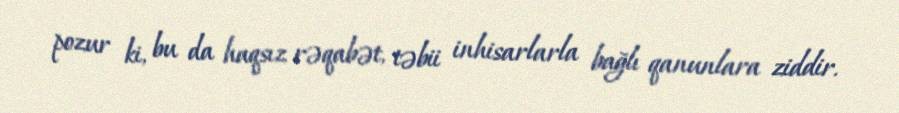
pozur ki, bu da haqsız rəqabət, təbii inhisarlarla bağlı qanunlara ziddir.